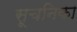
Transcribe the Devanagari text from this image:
सूचनिका